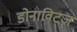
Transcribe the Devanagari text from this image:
डोनाविट्ज़